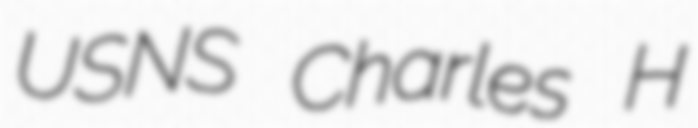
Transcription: USNS Charles H